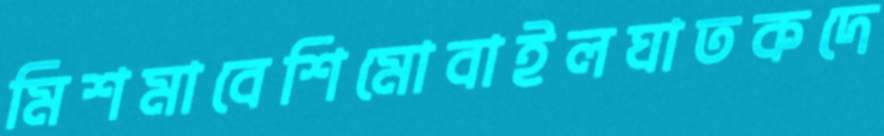
মিশমাবেশিমোবাইলঘাতকদে